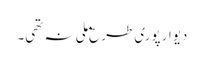
دیوار پوری طرح ملی نہ تھی۔